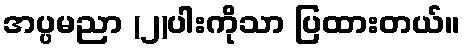
အပ္ပမညာ (၂)ပါးကိုသာ ပြထားတယ်။